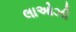
લાઓઝી